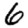
Digit: 6